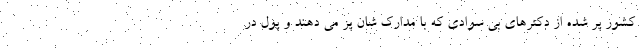
کشور پر شده از دکترهای بی سوادی که با مدارک شان پز می دهند و پول در